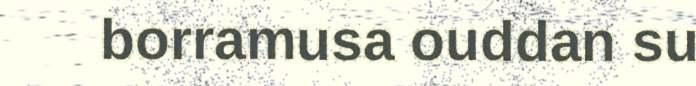
borramusa ouddan su